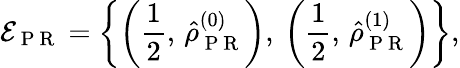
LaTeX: \mathcal{E}_{\mathrm{~P~R~}}=\left\{ \left(\frac{1}{2},\, \hat{\rho}_{\mathrm{~P~R~}}^{(0)}\right),\: \left(\frac{1}{2},\, \hat{\rho}_{\mathrm{~P~R~}}^{(1)}\right)\right\} ,